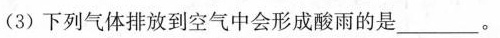
(3)下列气体排放到空气中会形成酸雨的是___。